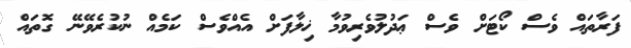
ފަރާތައް ވެސް ކޯޓަށް ވެސް ޢަދުލުވެރިވުމާ ޚިލާފަށް އެއްވެސް ކަމެއް ނުކުރެވޭނޭ ގޮތައް